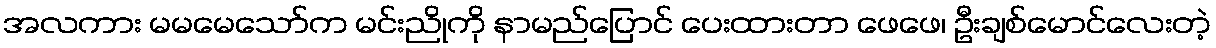
အလကား မမမေသော်က မင်းညိုကို နာမည်ပြောင် ပေးထားတာ ဖေဖေ၊ ဦးချစ်မောင်လေးတဲ့